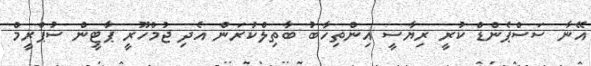
އޭނާ ސަސްޕެންޑް ކުރީ ރިޔާސީ އިންތިހާބު ބާތިލްކުރަން އެދި ޖުމްހޫރީ ޕާޓީން ސުޕްރީމް